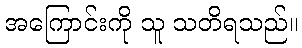
အကြောင်းကို သူ သတိရသည်။